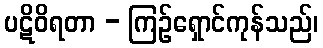
ပဋိဝိရတာ - ကြဉ်ရှောင်ကုန်သည်၊